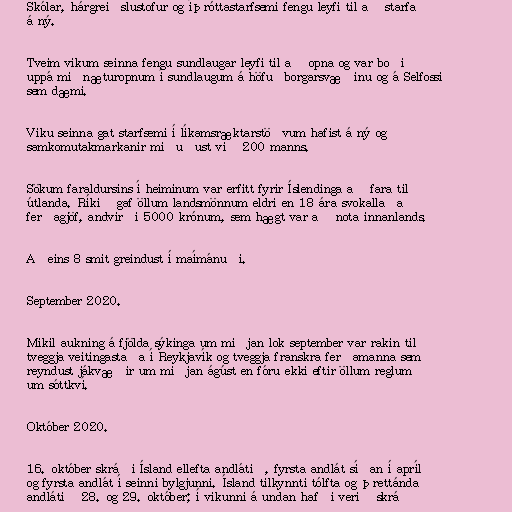
Skólar, hárgreiðslustofur og íþróttastarfsemi fengu leyfi til að starfa
á ný.

Tveim vikum seinna fengu sundlaugar leyfi til að opna og var boðið
uppá miðnæturopnum í sundlaugum á höfuðborgarsvæðinu og á Selfossi
sem dæmi.

Viku seinna gat starfsemi í líkamsræktarstöðvum hafist á ný og
samkomutakmarkanir miðuðust við 200 manns.

Sökum faraldursins í heiminum var erfitt fyrir Íslendinga að fara til
útlanda. Ríkið gaf öllum landsmönnum eldri en 18 ára svokallaða
ferðagjöf, andvirði 5000 krónum, sem hægt var að nota innanlands.

Aðeins 8 smit greindust í maímánuði.

September 2020.

Mikil aukning á fjölda sýkinga um miðjan lok september var rakin til
tveggja veitingastaða í Reykjavík og tveggja franskra ferðamanna sem
reyndust jákvæðir um miðjan ágúst en fóru ekki eftir öllum reglum
um sóttkví.

Október 2020.

16. október skráði Ísland ellefta andlátið, fyrsta andlát síðan í apríl
og fyrsta andlát í seinni bylgjunni. Ísland tilkynnti tólfta og þrettánda
andlátið 28. og 29. október; í vikunni á undan hafði verið skráð